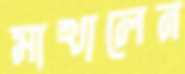
মাখালেন